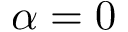
\alpha = 0